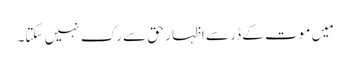
مَیں موت کے ڈر سے اظہا ر حق سے رک نہیں سکتا۔